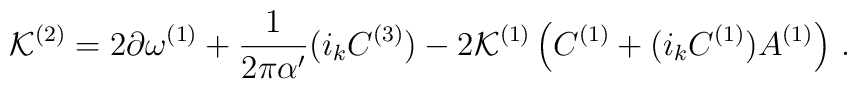
{\cal K}^{(2)}= 2 \partial \omega^{(1)} + {1 \over 2\pi\alpha^{\prime}}(i_k C^{(3)})- 2 {\cal K}^{(1)} \left(C^{(1)}+ (i_k C^{(1)}) A^{(1)}\right) \, .